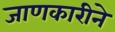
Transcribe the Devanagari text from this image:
जाणकारीने